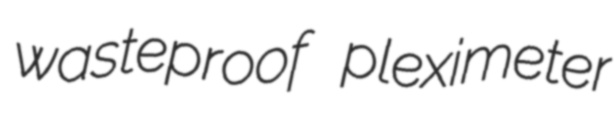
wasteproof pleximeter